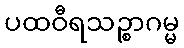
ပထဝီရသဉ္စာဂမ္မ